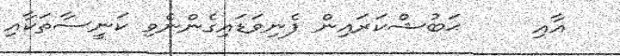
އާއި     ޙަބުޝްކަރައިން ފެނިވަޑައިގެންނެވި ކަނީސާތަކާއި